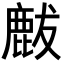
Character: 𪊝